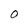
Character: O